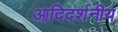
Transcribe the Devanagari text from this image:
आदिदर्शनीय